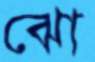
ঝো